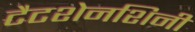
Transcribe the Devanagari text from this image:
टैटशेनशिनी